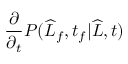
\frac { \partial } { \partial _ { t } } P ( \widehat { L } _ { f } , t _ { f } | \widehat { L } , t )